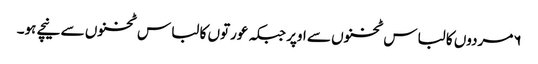
۶مردوں کا لباس ٹخنوں سے اوپر جبکہ عورتوں کا لباس ٹخنوں سے نیچے ہو۔